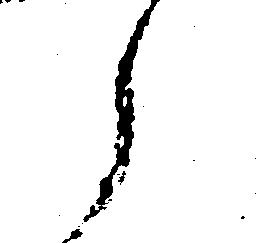
え